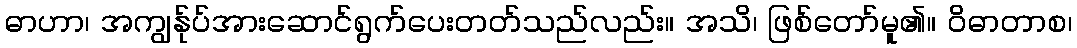
ဓာဟာ၊ အကျွန်ုပ်အားဆောင်ရွက်ပေးတတ်သည်လည်း။ အသိ၊ ဖြစ်တော်မူ၏။ ဝိဓာတာစ၊